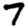
Digit: 7